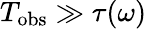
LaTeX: T_{\mathrm{obs}}\gg\tau(\omega)